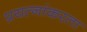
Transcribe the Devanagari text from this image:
प्रयत्नांकरता